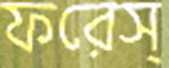
ফরেস্